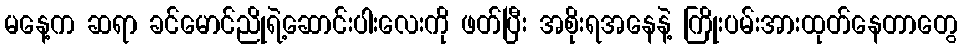
မနေ့က ဆရာ ခင်မောင်ညိုရဲ့ဆောင်းပါးလေးကို ဖတ်ပြီး အစိုးရအနေနဲ့ ကြိုးပမ်းအားထုတ်နေတာတွေ